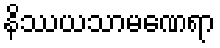
နိဿယသာမဏေရာ